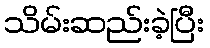
သိမ်းဆည်းခဲ့ပြီး